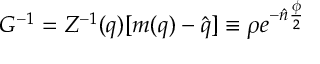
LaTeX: G ^ { - 1 } = Z ^ { - 1 } ( q ) [ m ( q ) - \hat { q } ] \equiv \rho e ^ { - \hat { n } \frac { \phi } { 2 } }